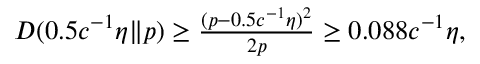
\begin{array} { r } { D ( 0 . 5 c ^ { - 1 } \eta \| p ) \ge \frac { ( p - 0 . 5 c ^ { - 1 } \eta ) ^ { 2 } } { 2 p } \ge 0 . 0 8 8 c ^ { - 1 } \eta , } \end{array}